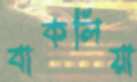
বাকলিয়া